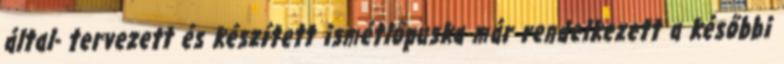
által- tervezett és készített ismétlőpuska már rendelkezett a későbbi